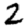
Digit: 2